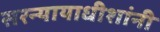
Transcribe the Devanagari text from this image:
सरन्यायाधीशांनी